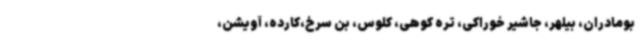
بومادران، بیلهر، جاشیر خوراکی، تره کوهی، کلوس، بن سرخ،کارده، آویشن،